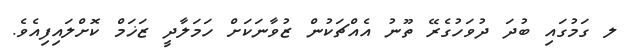
ލ ގަމުގައި ބުދަ ދުވަހުގެރޭ ތޫނު އެއްޗަކުން ޒުވާނަކަށް ހަމަލާދީ ޒަޚަމް ކޮށްލައިފިއެވެ.